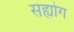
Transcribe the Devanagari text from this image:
सह्योग